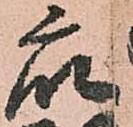
衆